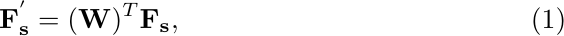
\begin{gather} \label{eq5}
    \mathbf{F_{s}^{'}} = (\mathbf{W})^{T} \mathbf{F_{s}},
\end{gather}